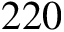
2 2 0